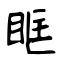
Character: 眶